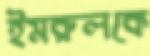
ইমরুলকে